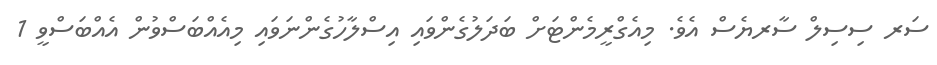
ސަރ ސިސިލް ސާރޔެސް އެވެ. މިއެގްރީމެންޓަށް ބަދަލުގެންވައި އިސްލާހުގެންނަވައި މިއެއްބަސްވުން އެއްބަސްވީ 1